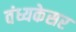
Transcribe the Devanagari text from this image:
वंध्यकेसर